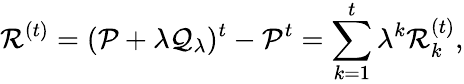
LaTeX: \mathcal{R}^{(t)}=(\mathcal{P}+\lambda\mathcal{Q}_{\lambda})^{t}-\mathcal{P}^{t}=\sum_{k=1}^{t}\lambda^{k}\mathcal{R}_{k}^{(t)},